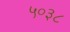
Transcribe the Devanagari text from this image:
५०३८